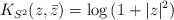
\begin{align*}K_{S^2}(z,\bar z)={\rm log}\,(1+|z|^2)\end{align*}